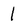
Character: 1